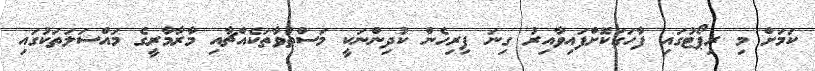
ކަމަށް މި ރިޕޯޓުގައި ފާހަގަކޮށްފައިވާއިރު ގިނަ ފިރިހެން ކުދިންނަކީ މަސްތުވާތަކެއްޗާއި މާރާމާރީގެ މައްސަލަތަކުގައި